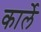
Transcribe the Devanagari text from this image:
कार्ले